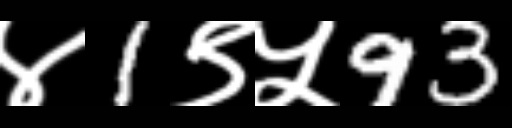
Text: ४1९५93